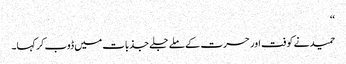
‘‘
حمید نے کوفت اور حسرت کے ملے جلے جذبات میں ڈوب کر کہا۔